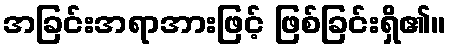
အခြင်းအရာအားဖြင့် ဖြစ်ခြင်းရှိ၏။